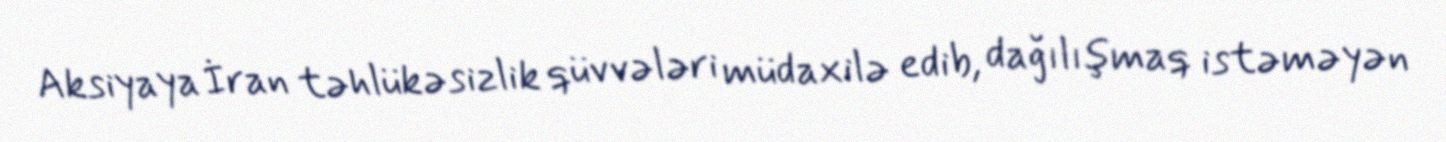
Aksiyaya İran təhlükəsizlik qüvvələri müdaxilə edib, dağılışmaq istəməyən